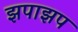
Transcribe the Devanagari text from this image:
झपाझप